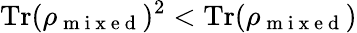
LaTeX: \mathrm{Tr}(\rho_{\mathrm{~m~i~x~e~d~}})^{2}<\mathrm{Tr}(\rho_{\mathrm{~m~i~x~e~d~}})